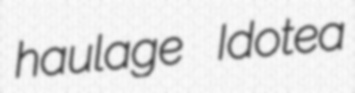
haulage Idotea